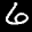
Label: 6